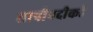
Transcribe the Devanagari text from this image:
तापीनदीकडे